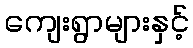
ကျေးရွာများနှင့်